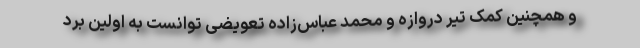
و همچنین کمک تیر دروازه و محمد عباس‌زاده‌ تعویضی توانست به اولین برد